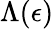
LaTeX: \Lambda(\epsilon)